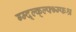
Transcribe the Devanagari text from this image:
ग्म्द्ल्क्ल्फ्भ्म्फश्र